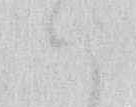
ハ